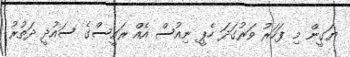
ޔަގީން މި ފަހަރު ވަރުގަދަ ހެޕީ ނިއުސް އެއް ރައީސްގެ ސައުދީ ދަތުރު